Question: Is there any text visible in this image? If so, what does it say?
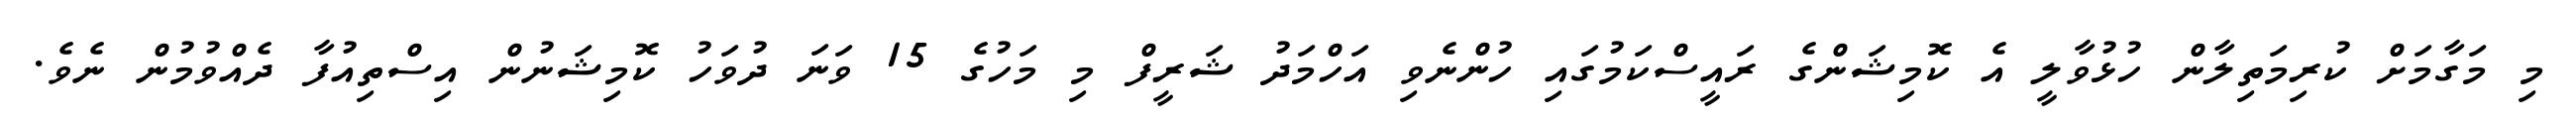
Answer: މި މަގާމަށް ކުރިމަތިލާން ހުޅުވާލީ އެ ކޮމިޝަންގެ ރައީސްކަމުގައި ހުންނެވި އަހްމަދު ޝަރީފް މި މަހުގެ 15 ވަނަ ދުވަހު ކޮމިޝަނުން އިސްތިއުފާ ދެއްވުމުން ނެވެ.